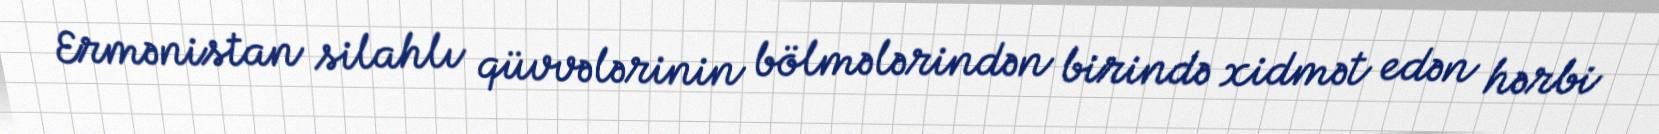
Ermənistan silahlı qüvvələrinin bölmələrindən birində xidmət edən hərbi